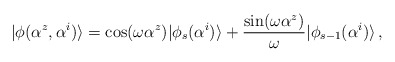
\begin{align*}|\phi(\alpha^z,\alpha^i)\rangle=\cos (\omega \alpha^z)|\phi_s(\alpha^i)\rangle+\frac{\sin (\omega \alpha^z)}{\omega}|\phi_{s-1}(\alpha^i)\rangle\,,\end{align*}